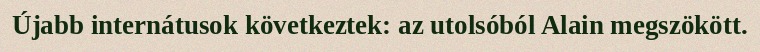
Újabb internátusok következtek: az utolsóból Alain megszökött.